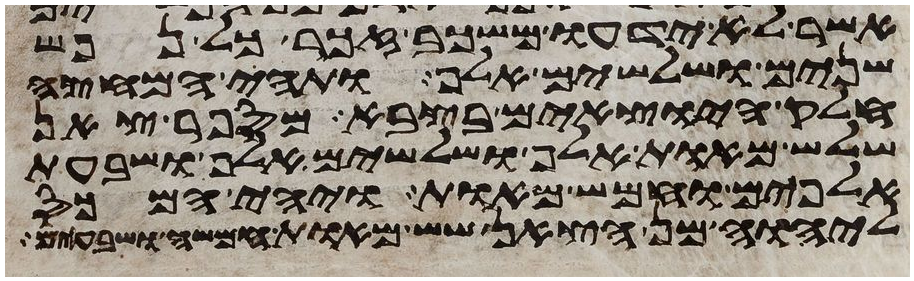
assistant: אשר לא ידעו משכב זכר כל נפש
שנים ושלשים אלף ותהי המחצה
חלק היוצאים בצבא מספר צאן
שלש מאות אלף ושלשים אלף ושבעת
אלפים וחמש מאות ויהי המכס
ליהוה מן הצאן שש מאות חמשה ושבעים